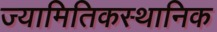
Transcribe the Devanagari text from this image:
ज्यामितिकस्थानिक